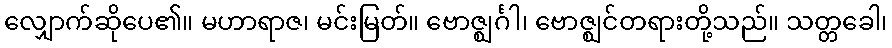
လျှောက်ဆိုပေ၏။ မဟာရာဇ၊ မင်းမြတ်။ ဗောဇ္ဈင်္ဂါ၊ ဗောဇ္ဈင်တရားတို့သည်။ သတ္တခေါ၊